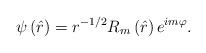
LaTeX: \begin{align*}\psi \left( \hat{r}\right) =r^{-1/2}R_{m}\left( \hat{r}\right) e^{im\varphi}.\end{align*}